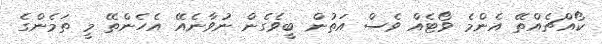
ކޯއްޗެއްތޭ އެންމެ ވޯޓެއް ވެސް އަތުން ބީވެގެން ނުވާނެއޭ އެހެންތޭ މީ ތަމެންގެ